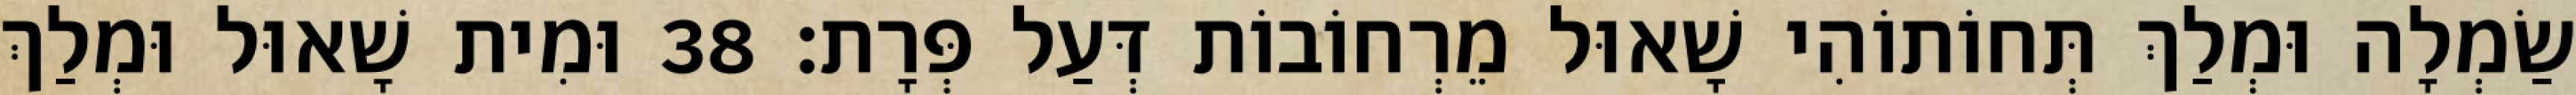
שַׂמְלָה וּמְלַךְ תְּחוֹתוֹהִי שָׁאוּל מֵרְחוֹבוֹת דְּעַל פְּרָת׃ 38 וּמִית שָׁאוּל וּמְלַךְ